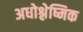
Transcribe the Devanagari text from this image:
अधोश्लेष्मिक